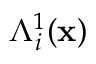
\Lambda _ { i } ^ { 1 } ( \ensuremath { \mathbf { x } } )